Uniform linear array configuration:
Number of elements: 32
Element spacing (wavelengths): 0.25
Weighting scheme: hann
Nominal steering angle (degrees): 45
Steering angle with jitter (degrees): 43.021
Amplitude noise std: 0.05
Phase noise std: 0.05

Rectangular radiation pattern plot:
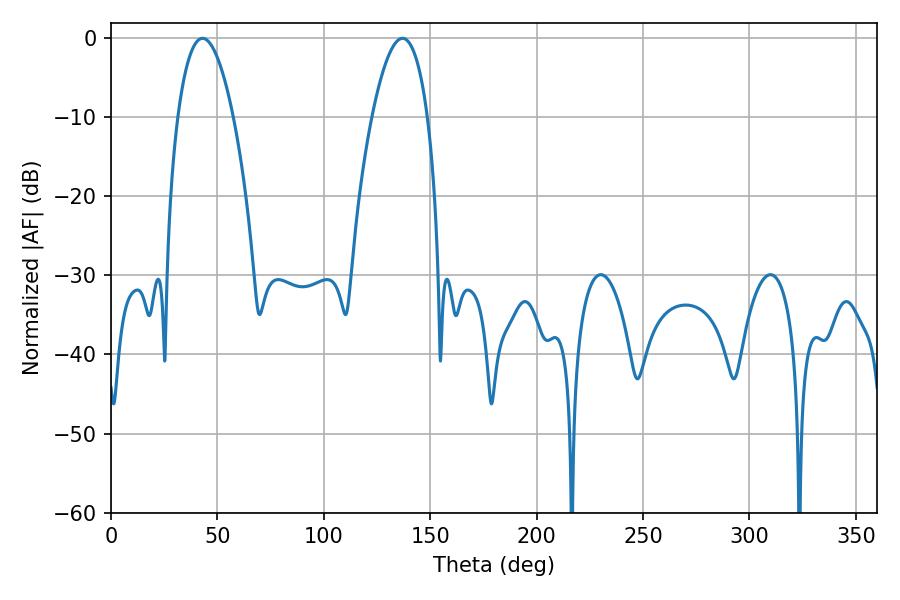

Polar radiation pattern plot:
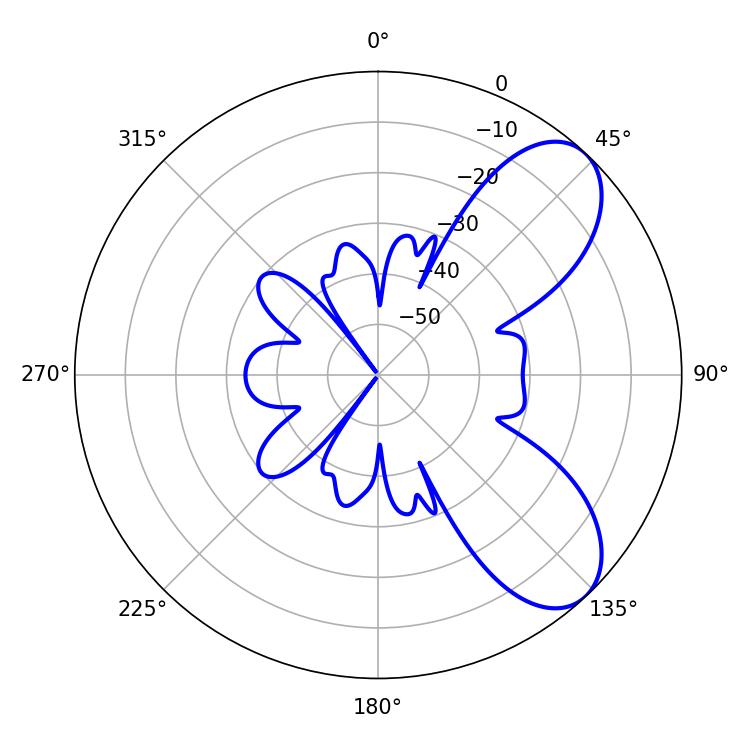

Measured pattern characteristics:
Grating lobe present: FALSE
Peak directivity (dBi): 7.323
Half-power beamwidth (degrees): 14.58
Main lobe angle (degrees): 43.02